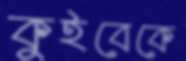
কুইবেকে